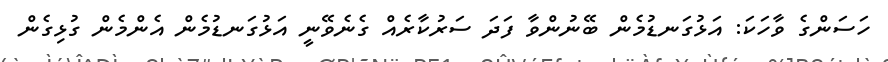
ހަސަންގެ ވާހަކަ: އަޅުގަނޑުމެން ބޭނުންވާ ފަދަ ސަރުކާރެއް ގެނެވޭނީ އަޅުގަނޑުމެން އެންމެން ގުޅިގެން